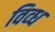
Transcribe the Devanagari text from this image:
विव्ध